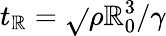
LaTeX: t_{\mathbb{R}}=\sqrt{}{{\rho\mathbb{R}_{0}^{3}/\gamma}}